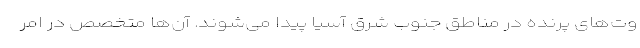
وت‌های پرنده در مناطق جنوب شرق آسیا پیدا می‌شوند. آن‌ها متخصص در امر